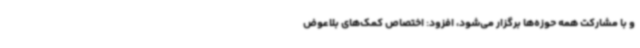
و با مشارکت همه حوزه‌ها برگزار می‌شود، افزود: اختصاص کمک‌های بلاعوض